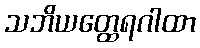
သဘိယတ္ထေရဂါထာ